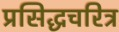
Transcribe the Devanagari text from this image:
प्रसिद्धचरित्र